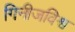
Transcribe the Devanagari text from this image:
गिनीजविश्व